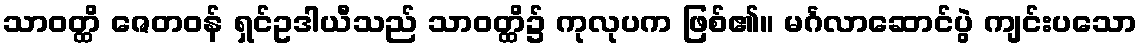
သာဝတ္ထိ ဇေတဝန် ရှင်ဥဒါယီသည် သာဝတ္ထိ၌ ကုလုပက ဖြစ်၏။ မင်္ဂလာဆောင်ပွဲ ကျင်းပသော